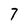
Character: 7